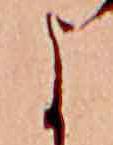
よ